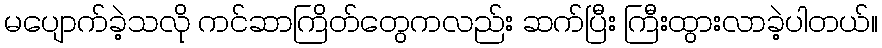
မပျောက်ခဲ့သလို ကင်ဆာကြိတ်တွေကလည်း ဆက်ပြီး ကြီးထွားလာခဲ့ပါတယ်။